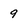
Character: 9